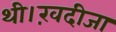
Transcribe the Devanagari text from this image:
थी।ख़दीजा